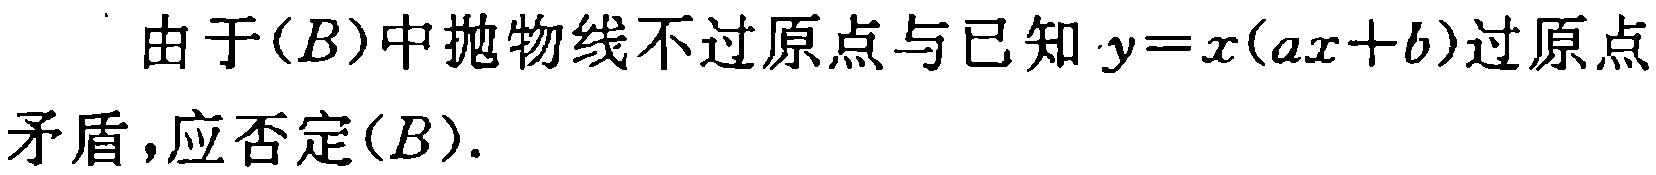
由于$(B)$中抛物线不过原点与已知$y = x(ax + b)$过原点矛盾,应否定$(B)$.